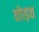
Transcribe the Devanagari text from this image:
तोड़त